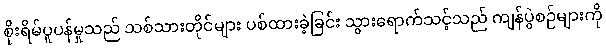
စိုးရိမ်ပူပန်မှုသည် သစ်သားတိုင်များ ပစ်ထားခဲ့ခြင်း သွားရောက်သင့်သည် ကျန်ပွဲစဉ်များကို